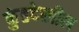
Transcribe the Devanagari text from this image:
कुंडदेखील